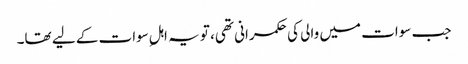
جب سوات میں والی کی حکمرانی تھی، تو یہ اہلِ سوات کے لیے تھا۔